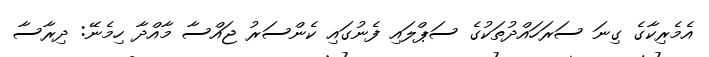
އެމެރިކާގެ ގިނަ ސަރަހައްދުތަކުގެ ސަޕްލައި ފެނުގައި ކެންސަރު ޖައްސާ މާއްދާ ހިމެނޭ: ދިރާސާ